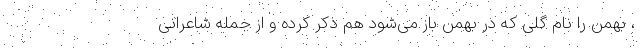
، بهمن را نام گلی که در بهمن باز می‌شود هم ذکر کرده و از جمله شاعرانی